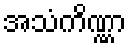
အသံကိဏ္ဏာ